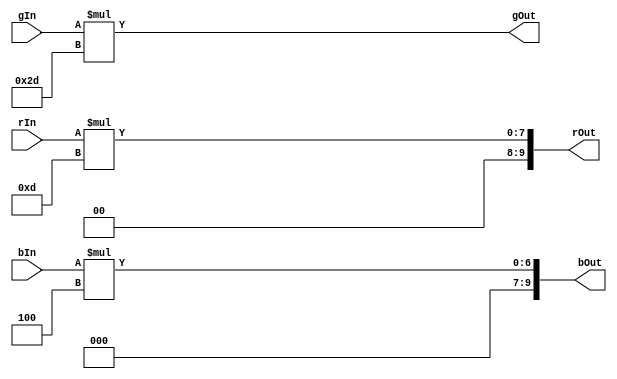
module grayscale_mult (

	input [3:0] rIn, gIn, bIn,
	output wire [9:0] rOut, gOut, bOut
	
);

	assign rOut = rIn * {4'b0000, 6'b001101}; // wait after add to divide
	assign gOut = gIn * {4'b0000, 6'b101101};
	assign bOut = bIn * {4'b0000, 6'b000100};

endmodule